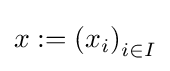
x:=\left(x_{i}\right)_{i\in I}